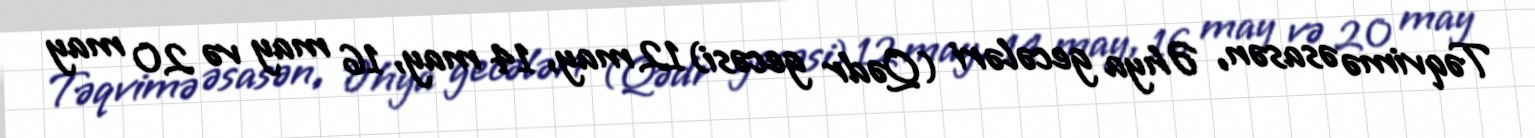
Təqvimə əsasən, Əhya gecələri (Qədr gecəsi) 12 may, 14 may, 16 may və 20 may